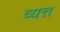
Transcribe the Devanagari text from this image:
व्यत्त